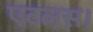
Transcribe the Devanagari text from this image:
एटलस।